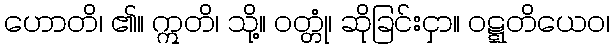
ဟောတိ၊ ၏။ ဣတိ၊ သို့။ ဝတ္တုံ၊ ဆိုခြင်းငှာ။ ဝဋ္ဋတိယေဝ၊